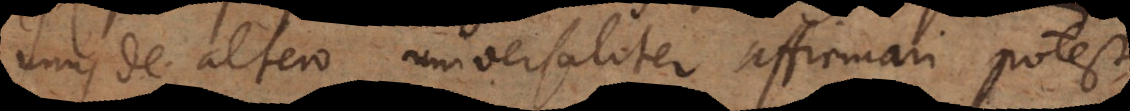
unus de altero universaliter affirmari potest)